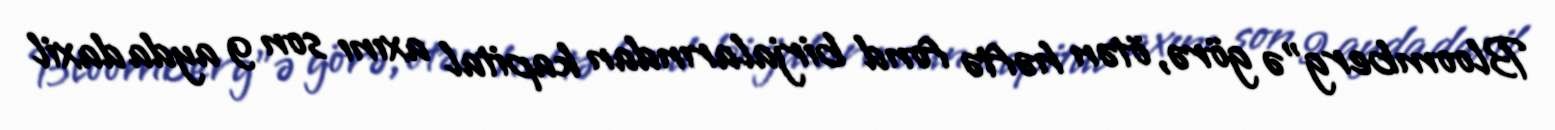
Bloomberg"ə görə, ötən həftə fond birjalarından kapital axını son 9 ayda daxil